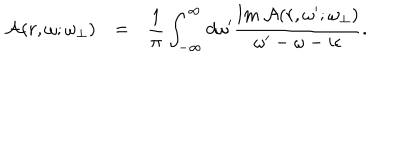
\begin{array} { r c l } { { { \cal A } ( r , \omega ; \omega _ { \bot } ) } } & { { = } } & { { \displaystyle \frac { 1 } { \pi } \int _ { - \infty } ^ { \infty } d \omega ^ { \prime } \frac { \mathrm { I m } ~ { \cal A } ( r , \omega ^ { \prime } ; \omega _ { \bot } ) } { \omega ^ { \prime } - \omega - i \epsilon } . } } \\ \end{array}